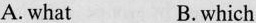
A. what B.which